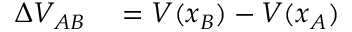
\begin{array} { r l } { \Delta V _ { A B } } & { { } = V ( x _ { B } ) - V ( x _ { A } ) } \end{array}